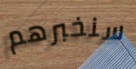
سنخبرهم